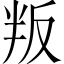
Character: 叛